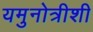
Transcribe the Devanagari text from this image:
यमुनोत्रीशी